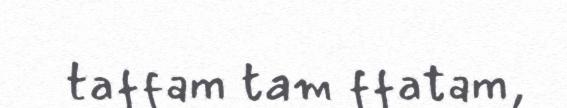
taffam tam ffatam,